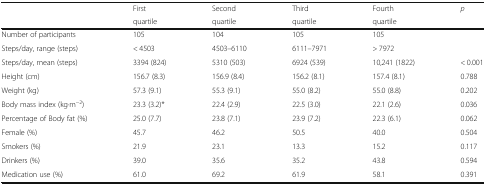
<table><thead><tr><td rowspan="2"></td><td><b>First</b></td><td><b>Second</b></td><td><b>Third</b></td><td><b>Fourth</b></td><td rowspan="2"><b><i>p</i></b></td></tr><tr><td><b>quartile</b></td><td><b>quartile</b></td><td><b>quartile</b></td><td><b>quartile</b></td></tr></thead><tbody><tr><td>Number of participants</td><td>105</td><td>104</td><td>105</td><td>105</td><td></td></tr><tr><td>Steps/day, range (steps)</td><td>&lt; 4503</td><td>4503–6110</td><td>6111–7971</td><td>&gt; 7972</td><td></td></tr><tr><td>Steps/day, mean (steps)</td><td>3394 (824)</td><td>5310 (503)</td><td>6924 (539)</td><td>10,241 (1822)</td><td>&lt; 0.001</td></tr><tr><td>Height (cm)</td><td>156.7 (8.3)</td><td>156.9 (8.4)</td><td>156.2 (8.1)</td><td>157.4 (8.1)</td><td>0.788</td></tr><tr><td>Weight (kg)</td><td>57.3 (9.1)</td><td>55.3 (9.1)</td><td>55.0 (8.2)</td><td>55.0 (8.8)</td><td>0.202</td></tr><tr><td>Body mass index (kg·m<sup>−2</sup>)</td><td>23.3 (3.2)*</td><td>22.4 (2.9)</td><td>22.5 (3.0)</td><td>22.1 (2.6)</td><td>0.036</td></tr><tr><td>Percentage of Body fat (%)</td><td>25.0 (7.7)</td><td>23.8 (7.1)</td><td>23.9 (7.2)</td><td>22.3 (6.1)</td><td>0.062</td></tr><tr><td>Female (%)</td><td>45.7</td><td>46.2</td><td>50.5</td><td>40.0</td><td>0.504</td></tr><tr><td>Smokers (%)</td><td>21.9</td><td>23.1</td><td>13.3</td><td>15.2</td><td>0.117</td></tr><tr><td>Drinkers (%)</td><td>39.0</td><td>35.6</td><td>35.2</td><td>43.8</td><td>0.594</td></tr><tr><td>Medication use (%)</td><td>61.0</td><td>69.2</td><td>61.9</td><td>58.1</td><td>0.391</td></tr></tbody></table>